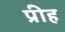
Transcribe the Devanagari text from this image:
प्रीह